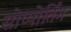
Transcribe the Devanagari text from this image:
सोप्पोर्तिंग